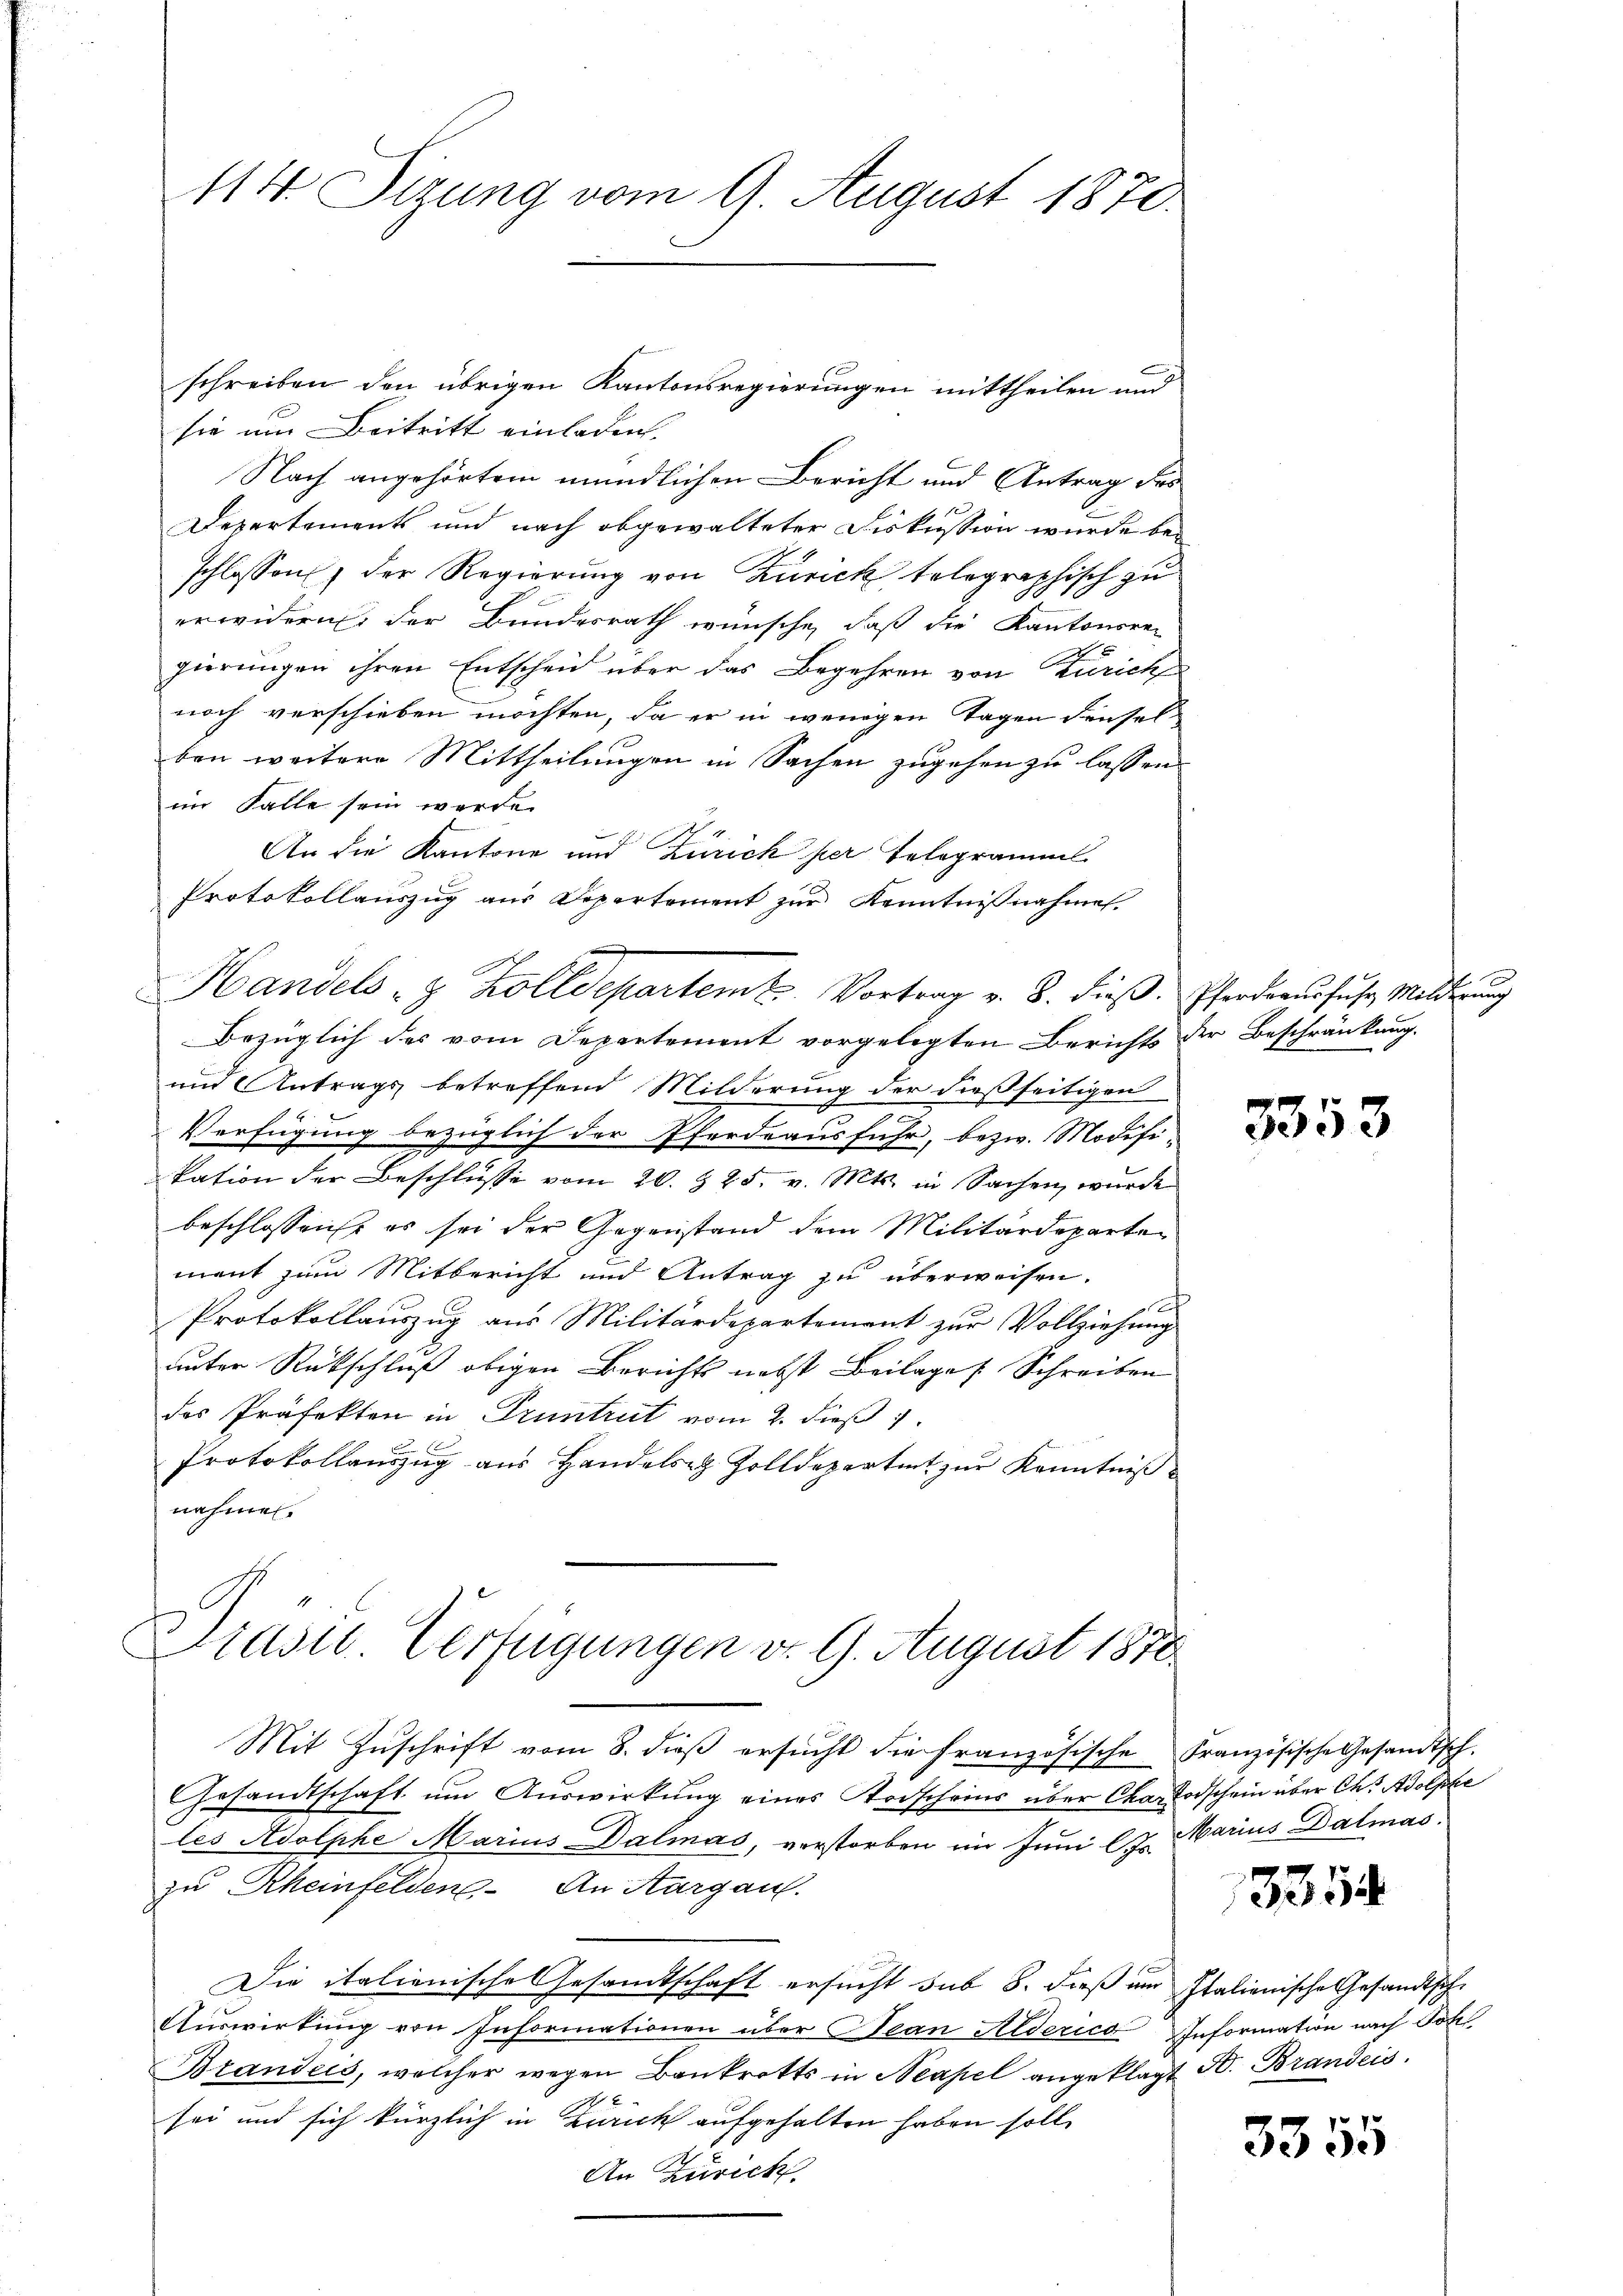
114. Sitzung vom 9. August 1870.

schreiben den übrigen Kantonsregierungen mittheilen und
sie um Beitritt einladen
Nach angehörtem mündlichen Bericht und Antrag des
Departements und nach abgewalteter Diskussion wurde be-
schlossen, der Regierung von Zurick telegraphisch zu
erwidern der Bundesrath wünsche, daß die Kantonsrec
gierungen ihren Entscheid über das Begehren von Zürich
noch verschieben möchten, da er in wenigen Tagen denselben weitere Mittheilungen in Sachen zugehen zu lassen.
im Falle sein werde.
An die Kantone und Zürich per Telegramml
Protokollauszug aus Departement zur Kenntnißnahmen.
Bezüglich des vom Departement vorgelegten Berichts der Beschränkung.
und Antrags betreffend Milderung der dießseitigen
.
Verfügung bezüglich der Pferdrausfuhr, bezw. Modifikation der Beschlüsse vom 20. § 25. v. Mts. in Sachen, wurde
beschlossen, es sei der Gegenstand dem Militärdepartement zum Mitbericht und Antrag zu überweisen.
ch
Protokollauszug aus Militärdepartement zur Vollziehung
unter Rückschluß obigen Berichts nebst Beilages Schreiben
des Präfekten in Pruntrut vom 2. dieß 1
Protokollauszug aus Handelsr. Zolldepartent zur Kenntniß
nahmen.
Präsid. Verfügungen do. 9. August 1870
Mit Zŭschrift vom 8. dieβ ersŭcht die französische Französische Gesandtsch-
Besandtschaft um Auswirkung eines Todscheins über Char Todschein über Ch. Adolphe
les Adolphe Marius Dalmas, verstorben im Juni l. Marius Dalmas
zu Rheinfelden. An Aargau.
Die italienische Gesandtschaft ersucht sub 8. dieß am Italienische Gesandtsche
Auswirkung von Informationen über Jean Alderica Information nach Sol
Brandeis, welcher wegen Bankrotts in Neapel angeklagt
N 2
sei und sich kürzlich in Zurick aufgehalten haben soll
A
An Zürich

Handels- & Zolldepartemt. Vortrag v. 8. dieß.

Pferdrausfuhr Milderung

3353

3354

A. Brandeis.

3355